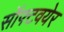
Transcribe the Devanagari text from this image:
सॉफ्टवयेर